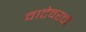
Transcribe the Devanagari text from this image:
वाटेवरची